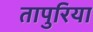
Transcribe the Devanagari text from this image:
तापुरिया